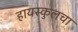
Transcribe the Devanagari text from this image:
हायस्‍कुलचा